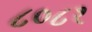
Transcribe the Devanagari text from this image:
८०८१